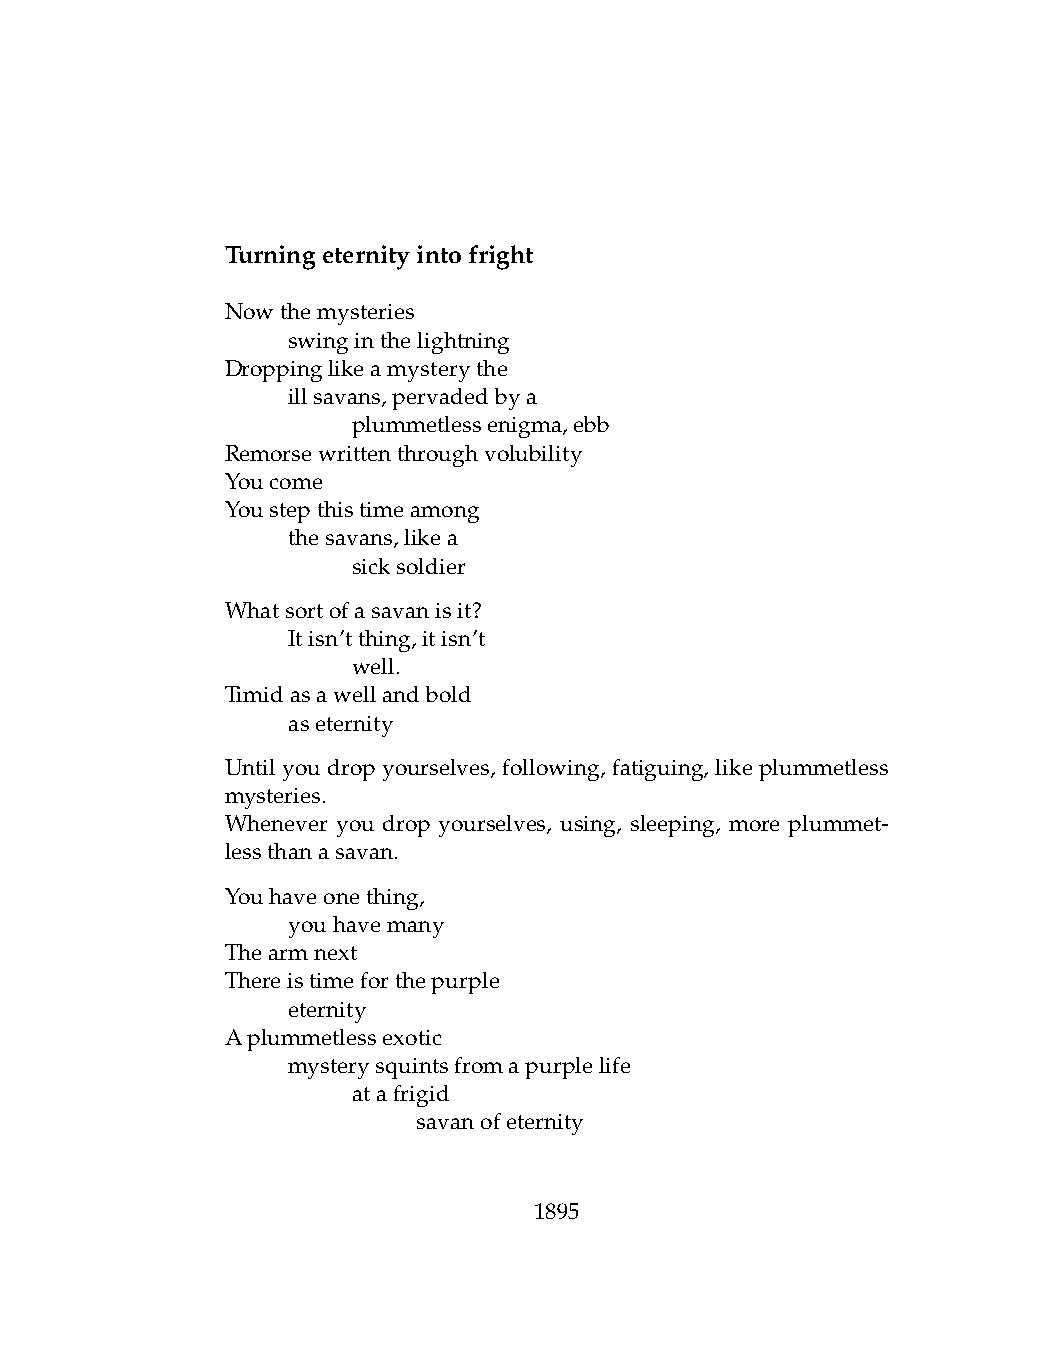
Turningeternityintofright
 Nowthemysteries
 .   swinginthelightning
 Droppinglikeamysterythe
 .   illsavans,pervadedbya
 .   .   plummetlessenigma,ebb
 Remorsewrittenthroughvolubility
 Youcome
 Youstepthistimeamong
 .   thesavans,likea
 .   .   sicksoldier
 Whatsortofasavanisit?
 .   Itisn’tthing,itisn’t
 .   .   well.
 Timidasawellandbold
 .   aseternity
 Until you drop yourselves, following, fatiguing, like plummetless
 mysteries.
 Whenever you drop yourselves, using, sleeping, more plummet-
 lessthanasavan.
 Youhaveonething,
 .   youhavemany
 Thearmnext
 Thereistimeforthepurple
 .   eternity
 Aplummetlessexotic
 .   mysterysquintsfromapurplelife
 .   .   atafrigid
 .   .   .    savanofeternity
 1895